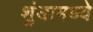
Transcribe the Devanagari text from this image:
शुंडामध्ये